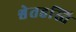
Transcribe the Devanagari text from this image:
श्वेतहस्ति